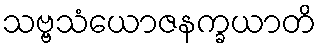
သဗ္ဗသံယောဇနက္ခယာတိ